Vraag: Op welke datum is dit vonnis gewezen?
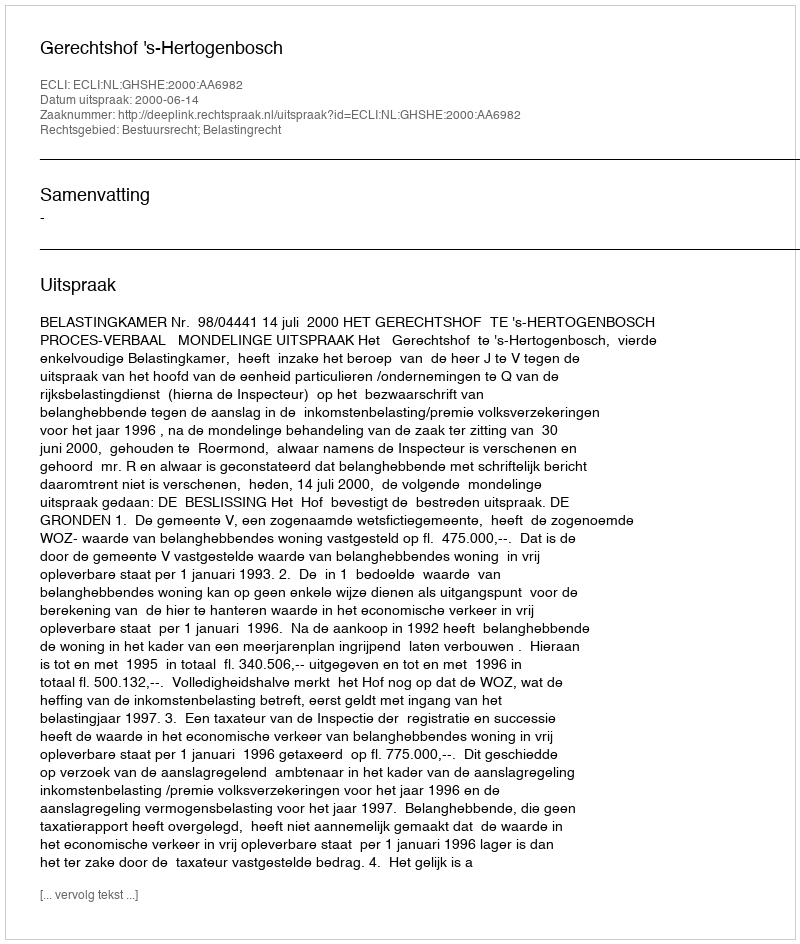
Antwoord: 2000-06-14